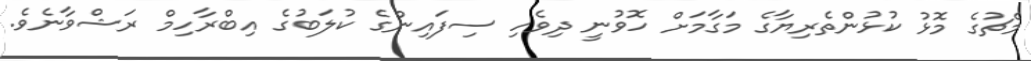
މެޗުގެ މޮޅު ކުޅުންތެރިޔާގެ މަގާމަށް ހޮވުނީ ދިވެހި ސިފައިންގެ ކުލަބުގެ އިބްރާހިމް ރަޝްވާނެވެ.